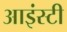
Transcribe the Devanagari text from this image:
आइंस्टी